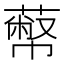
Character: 𦻾